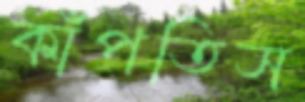
কাঁপতিস